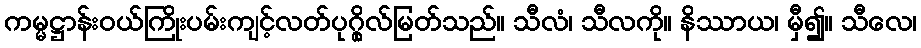
ကမ္မဋ္ဌာန်းဝယ်ကြိုးပမ်းကျင့်လတ်ပုဂ္ဂိုလ်မြတ်သည်။ သီလံ၊ သီလကို။ နိဿာယ၊ မှီ၍။ သီလေ၊